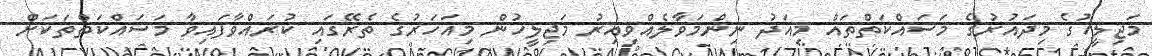
މަޖިލީހުގެ މިދައުރުގެ މަސައްކަތްތައް މިއަދު ނިންމަވާލެއްވިއިރު މަޖިލީހުން މިއަހަރުގެ ތެރޭގައި ކުރައްވާފައިވާ މަސައްކަތްތަކަށް